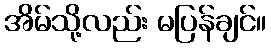
အိမ်သို့လည်း မပြန်ချင်။